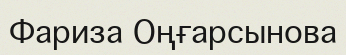
Фариза Оңғарсынова